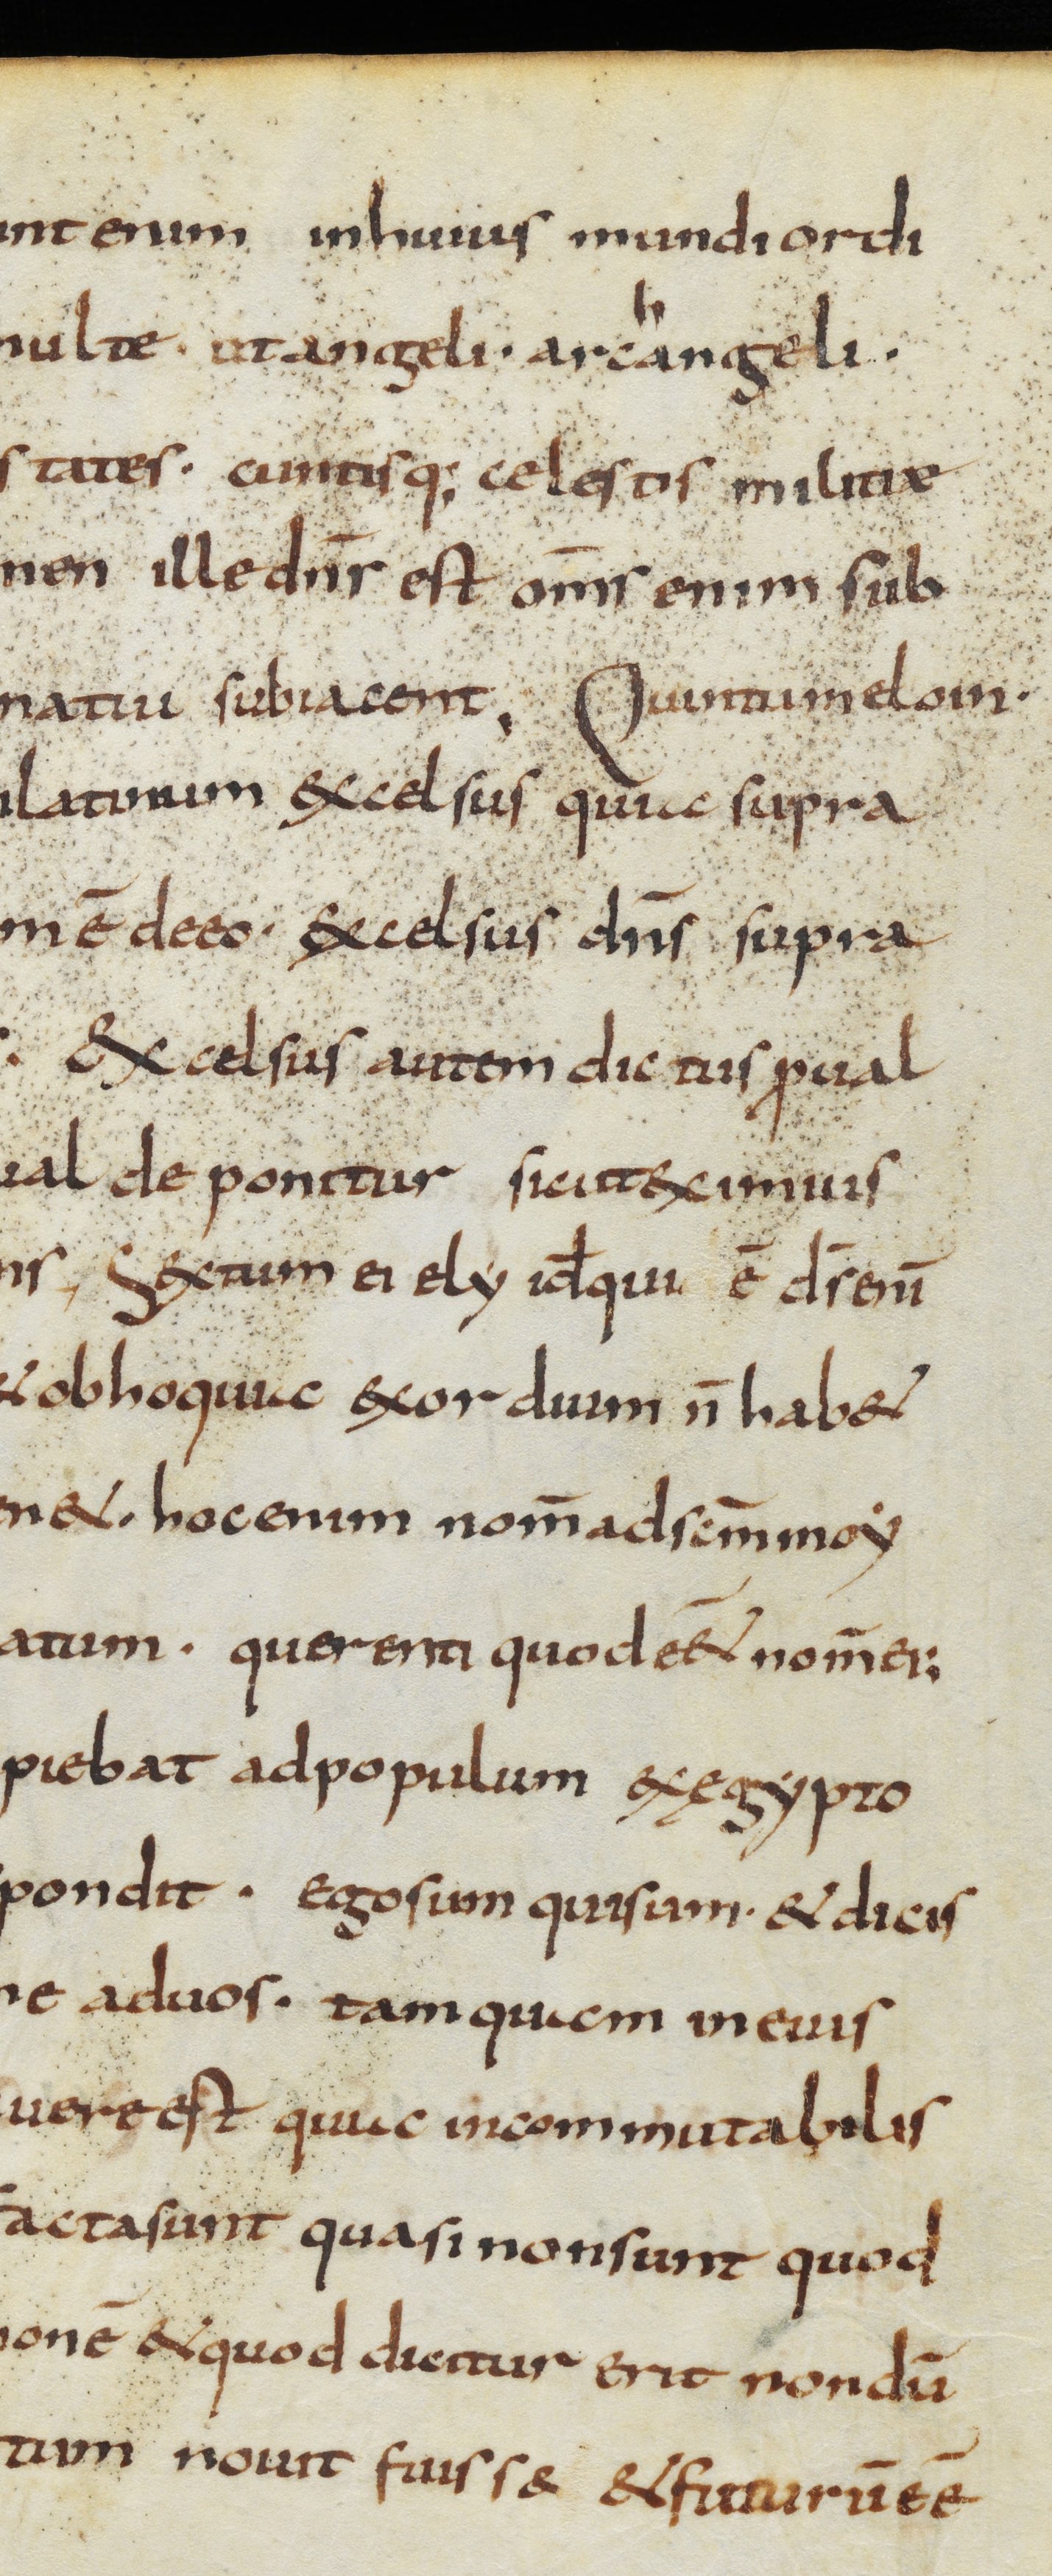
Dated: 800–999